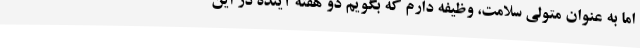
اما به عنوان متولی سلامت، وظیفه دارم که بگویم دو هفته آینده در این